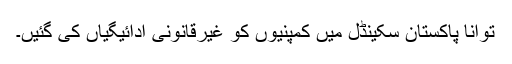
توانا پاکستان سکینڈل میں کمپنیوں کو غیرقانونی ادائیگیاں کی گئیں۔